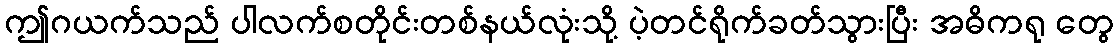
ဤဂယက်သည် ပါလက်စတိုင်းတစ်နယ်လုံးသို့ ပဲ့တင်ရိုက်ခတ်သွားပြီး အဓိကရု တွေ